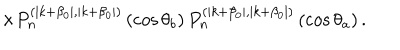
LaTeX: \times P _ { n } ^ { ( \mid k + \beta _ { 0 } \mid , \mid k + \beta _ { 0 } \mid ) } \left( \cos \theta _ { b } \right) P _ { n } ^ { ( \mid k + \beta _ { 0 } \mid , \mid k + \beta _ { 0 } \mid ) } \left( \cos \theta _ { a } \right) .